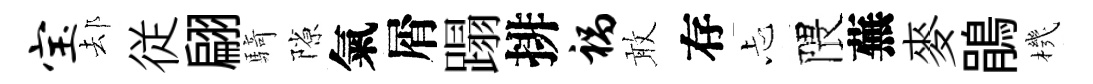
宝𨚫従翩騎隙氣屑蹋排祸敢存忐隈蕪麥鵑機